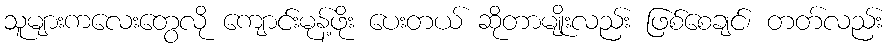
သူများကလေးတွေလို ကျောင်းမုန့်ဖိုး ပေးတယ် ဆိုတာမျိုးလည်း ဖြစ်စေချင်၊ တတ်လည်း